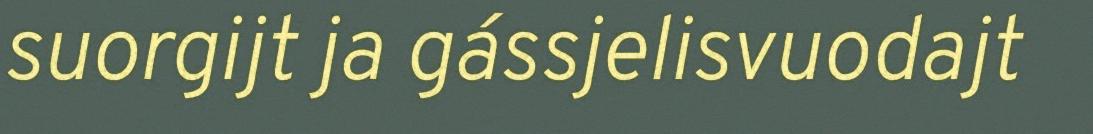
suorgijt ja gássjelisvuodajt